Report on sanitation, dispensaries, and jails in Rajputana for 1919, and on vaccination for the year 1919-1920 - 1919-1920
Year: 1919
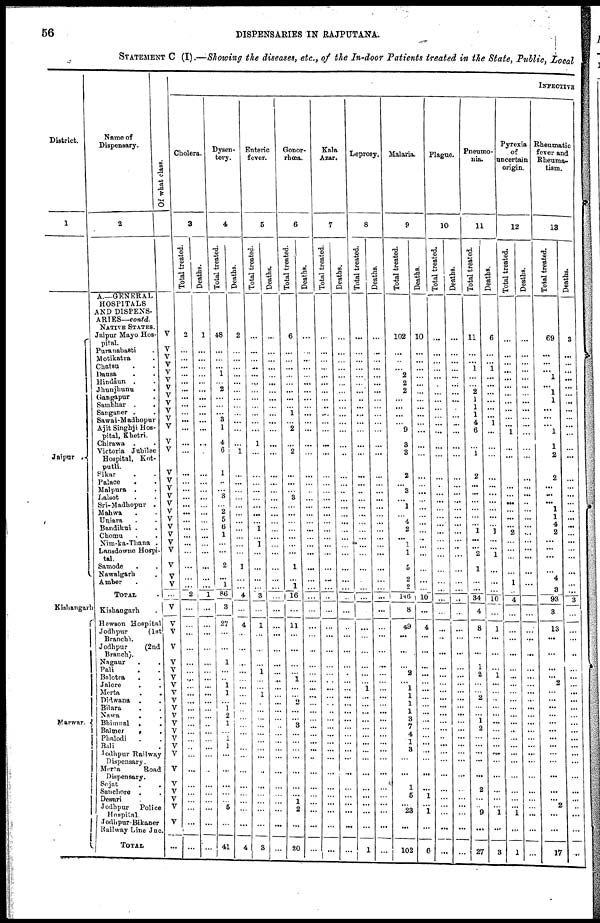
56
DISPENSARIES IN RAJPUTANA.
STATEMENT C (I).—Showing the diseases, etc., of the In-door Patients treated in the State, Public, Local
District.
1
Jaipur .
Kishangarh
Marwar.
Name of
Dispensary.
2
A—GENERAL
HOSPITALS
AND DISPENS-
ARIES— contd.
NATIVE STATES.
Jaipur Mayo Hos-
pital.
Puranabasti .
Motikatra.
Chatsu . .
Dausa . .
Hindaun . .
Jhunjhunu .
Gangapur .
Sambhar . .
Sanganer . .
Sawai-Madhopur
Ajit Singhji Hos-
pital, Khetri.
Chirawa . .
Victoria Jubilee
Hospital, Kot¬
putli .
Sikar . .
Palace . .
Malpura . .
Lalsot . .
Sri-Madhopur .
Mahwa . .
Uniara . .
Bandikui . .
Chomu . .
Nim-ka-Thana .
Lansdowne Hospi-
tal.
Samode . .
Nawalgarh .
Amber . .
TOTAL .
Kishangarh .
Hewson Hospital
Jodhpur
(1st
Branch).
Jodhpur
(2nd
Branch).
Nagaur . .
Pali . .
Balotra . .
Jalore . .
Merta . .
Didwana . .
Bilara . .
Nawa
.
.
Bhimnal . .
Balmer
.
.
Phalodi . .
Bali . .
Jodhpur Railway
Dispensary.
Merta
Road
Dispensary.
Sojat . .
Sanchore . .
Desuri . .
Jodhpur
Police
Hospital.
Jodhpur-Bikaner
Railway Line Jnc.
TOTAL .
Of what class.
V
V
V
V
V
V
V
V
V
V
V
V
V
V
V
V
V
V
V
V
V
V
V
V
V
V
V
V
...
V
V
V
V
V
V
V
V
V
V
V
V
V
V
V
V
V
V
V
V
V
V
V
...
INFECTIVE
Cholera.
3
Total treated.
2
...
...
...
...
...
...
...
...
...
...
...
...
...
...
...
...
...
...
...
...
...
...
...
...
...
...
...
2
...
...
...
...
...
...
...
...
...
...
...
...
...
...
...
...
...
...
...
...
...
...
...
...
Deaths.
1
...
...
...
...
...
...
...
...
...
...
...
...
...
...
...
...
...
...
...
...
...
...
...
...
...
...
...
1
...
...
...
...
...
...
...
...
...
...
...
...
...
...
...
...
...
...
...
...
...
...
...
...
Dysen-
tery.
4
Total treated.
48
...
...
...
1
...
2
...
...
...
3
1
4
6
1
...
...
3
...
2
5
6
1
...
...
2
... 1
86
3
27
...
...
1
...
...
1
1
... 1
2
1
...
1
1
...
...
...
...
...
5
...
41
Deaths.
2
...
...
...
...
...
...
...
...
...
...
...
...
1
...
...
...
...
...
...
...
...
...
...
...
1
...
...
4
...
4
...
...
...
...
...
...
...
...
...
...
...
...
...
...
...
...
...
...
...
...
...
4
Enteric
fever.
5
Total treated.
...
...
...
...
...
...
...
...
...
...
...
...
1
...
...
...
...
...
...
...
...
1
...
1
...
...
...
...
3
...
1
...
...
...
1
...
...
1
...
...
...
...
...
...
...
...
...
...
...
...
...
...
3
Deaths.
...
...
...
...
...
...
...
...
...
...
...
...
...
...
...
...
...
...
...
...
...
...
...
...
...
...
...
...
...
...
...
...
...
...
...
..
...
...
...
...
...
...
...
...
...
...
...
...
...
...
...
...
...
Gonor-
rhœa.
6
Total treated.
6
...
...
...
...
...
...
...
...
1
...
2
...
2
...
...
...
3
...
...
...
...
...
...
...
1
... ...
16
...
11
...
...
...
... 1
...
...
...
...
...
3
...
...
...
...
...
...
...
1
2
...
20
Deaths.
...
...
...
...
...
...
...
...
...
...
...
...
...
...
...
...
...
...
...
...
...
...
...
...
...
...
...
...
...
...
...
...
...
...
...
...
...
...
...
...
...
...
...
...
...
...
...
...
...
...
...
...
...
Kala
Azar.
7
Total treated.
...
...
...
...
...
...
...
...
...
...
...
...
...
...
...
...
...
...
...
...
...
...
...
...
...
...
...
...
...
...
...
...
...
...
...
...
...
...
...
..
...
...
...
...
...
...
...
...
...
...
...
...
...
Deaths.
...
...
...
...
...
...
...
...
...
...
...
...
...
...
...
...
...
...
...
...
...
...
...
...
...
...
...
...
...
...
...
...
...
...
...
...
...
...
...
...
...
...
...
...
...
...
...
...
...
...
...
...
...
Leprosy.
8
Total treated.
...
...
...
...
...
...
...
...
...
...
...
...
...
...
...
...
...
...
...
...
...
...
...
...
...
...
...
...
...
...
...
...
...
...
...
...
1
...
...
...
...
...
...
...
...
...
...
...
...
...
...
...
1
Deaths.
...
...
...
...
...
...
...
...
...
...
...
...
...
...
...
...
...
...
...
...
...
...
...
...
...
...
...
...
...
...
...
...
...
...
...
...
...
...
...
...
...
...
...
...
...
...
...
...
...
...
...
...
....
Malaria.
9
Total treated.
102
...
...
...
2
2
2
...
...
...
...
9
3
3
2
...
3
...
1
...
4
2
...
...
1
5
2
2
146
8
49
...
...
...
2
...
1
1
1
1
3
7
4
1
3
...
...
1
5
...
23
...
102
Deaths.
10
...
...
...
...
...
...
...
...
...
...
...
...
...
...
...
...
...
...
...
...
...
...
...
...
...
...
...
10
...
4
...
...
...
...
...
...
...
...
...
...
...
...
...
...
...
...
...
1
...
1
...
6
Plague.
10
Total treated.
...
...
...
...
...
...
...
...
...
...
...
...
...
...
...
...
...
...
...
...
...
...
...
...
...
...
...
...
...
...
...
...
...
...
...
...
...
...
...
...
...
...
...
...
...
...
...
...
...
...
...
...
...
Deaths.
...
...
...
...
...
...
...
...
...
...
...
...
...
...
...
...
...
...
...
...
...
...
...
...
...
...
...
...
...
...
...
...
...
...
...
...
...
...
...
...
...
...
...
...
...
...
...
...
...
...
...
...
...
Pneumo-
nia.
11
Total treated.
11
...
...
1
...
...
2
1
1
1
4
6
...
1
2
...
...
...
...
...
...
1
...
...
2
1
...
...
34
4
8
...
...
1
2
...
...
2
...
... 1
2
...
...
...
...
...
2
...
...
9
...
27
Deaths.
6
...
...
1
...
...
...
...
...
...
1
...
...
...
...
...
...
...
...
...
...
1
...
...
1
...
...
...
10
...
1
...
...
...
1
...
...
...
...
...
...
...
...
...
...
...
...
...
...
...
1
...
3
Pyrexia
of
uncertain
origin.
12
Total treated.
...
...
...
...
...
...
...
...
...
...
...
1
...
...
...
...
...
...
...
...
...
2
...
...
...
...
1
...
4
...
...
...
...
...
...
...
...
...
...
...
...
...
...
...
...
...
...
...
...
...
1
...
1
Deaths.
...
...
...
...
...
...
...
...
...
...
...
...
...
...
...
...
...
...
...
...
...
...
...
...
...
...
...
...
...
...
...
...
...
...
...
...
...
...
...
...
...
...
...
...
...
...
...
...
...
...
...
...
...
Rheumatic
fever and
Rheuma-
tism.
13
Total treated.
69
...
...
...
1
...
1
1
...
...
...
1
1
2
2
...
...
...
1
1
4
2
...
...
...
...
4
3
93
3
13
...
...
...
... 2
...
...
...
... ...
...
...
...
...
...
...
...
...
2
...
...
17
Deaths.
3
...
...
...
...
...
...
...
...
...
...
...
...
...
...
...
...
...
...
...
...
...
...
...
...
...
...
...
3
...
...
...
...
...
...
...
...
...
...
...
...
...
...
...
...
...
...
...
...
...
...
...